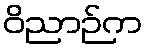
ဝိညာဉ်က